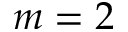
m = 2